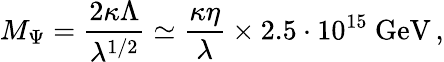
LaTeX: M_{\Psi}=\frac{2\kappa\Lambda}{\lambda^{1/2}}\simeq\frac{\kappa\eta}{\lambda}\times 2.5\cdot 10^{15}~\mathrm{GeV}\, ,